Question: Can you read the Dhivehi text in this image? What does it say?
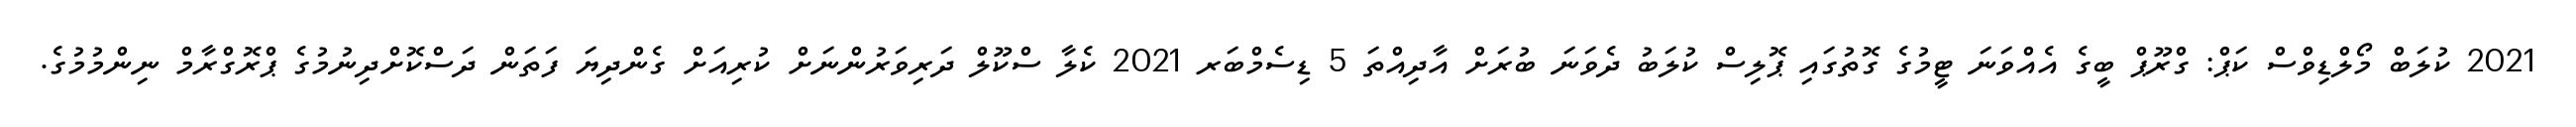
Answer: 2021 ކުލަބް މޯލްޑިވްސް ކަޕް: ގްރޫޕް ބީގެ އެއްވަނަ ޓީމުގެ ގޮތުގައި ޕޮލިސް ކުލަބު ދެވަނަ ބުރަށް އާދިއްތަ 5 ޑިސެމްބަރ 2021 ކެލާ ސްކޫލް ދަރިވަރުންނަށް ކުރިއަށް ގެންދިޔަ ފަތަން ދަސްކޮށްދިނުމުގެ ޕްރޮގްރާމް ނިންމުމުގެ.